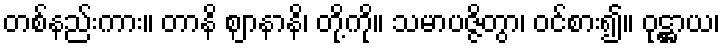
တစ်နည်းကား။ တာနိ ဈာနာနိ၊ တို့ကို။ သမာပဇ္ဇိတွာ၊ ဝင်စား၍။ ဝုဋ္ဌာယ၊